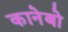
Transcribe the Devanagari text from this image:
कानेबो